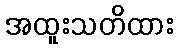
အထူးသတိထား